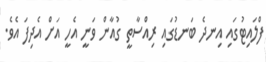
ފްލައިޓުގައި އިނދެ ބަނޑުގައި ރިއްސާތީ ގުއާން ވަނީ އެހީ އަށް އެދިފަ އެވެ.